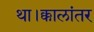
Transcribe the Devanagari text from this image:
था।क्कालांतर